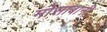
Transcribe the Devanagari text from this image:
मोसाबानी